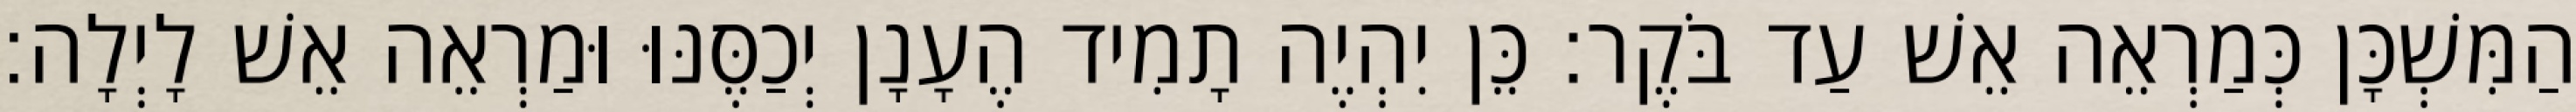
הַמִּשְׁכָּן כְּמַרְאֵה אֵשׁ עַד בֹּקֶר׃ כֵּן יִהְיֶה תָמִיד הֶעָנָן יְכַסֶּנּוּ וּמַרְאֵה אֵשׁ לָיְלָה׃